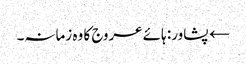
← پشاور: ہائے عروج کا وہ زمانہ۔